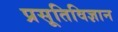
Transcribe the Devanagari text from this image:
प्रसूतिविज्ञान